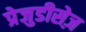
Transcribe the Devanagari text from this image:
प्रेजुडीसेज़